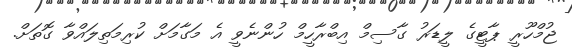
ޖުމްހޫރީ ޕާޓީގެ ލީޑަރު ގާސިމް އިބްރާހީމް ހުންނެވީ އެ މަގާމަށް ކުރިމަތިލައްވާ ގޮތަށް.